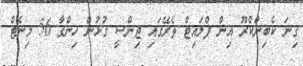
ގިނަ ކެބިންކްރޫ އިން ފްލައިޓް ތެރޭގައި ޖިންސީ ގުޅުން ހިންގާ 56 މިނެޓް